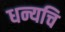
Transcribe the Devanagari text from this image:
धन्यचि